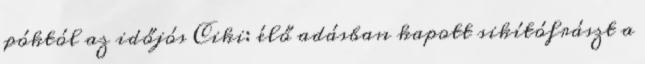
póktól az időjós Ciki: élő adásban kapott sikítófrászt a